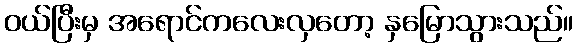
ဝယ်ပြီးမှ အရောင်ကလေးလှတော့ နှမြောသွားသည်။